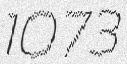
1073